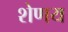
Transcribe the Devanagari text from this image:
शेणय